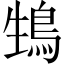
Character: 䲼